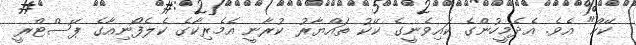
ކޭކް" އެވެ. އެދެމީހުންގެ ކައިވެނީގެ ކޭކު ތައްޔާރު ކުރާނީ އެމެރިކާގެ ކެލެފޯނިއާގެ ޕޭސްޓްރީ